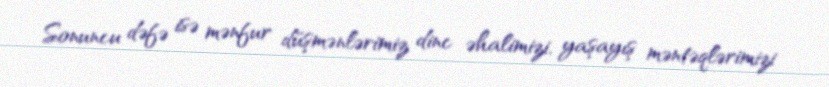
Sonuncu dəfə isə mənfur düşmənlərimiz dinc əhalimizi, yaşayış məntəqlərimizi